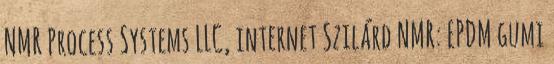
NMR Process Systems LLC, internet Szilárd NMR: EPDM gumi